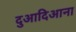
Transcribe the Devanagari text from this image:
दुआदिआना